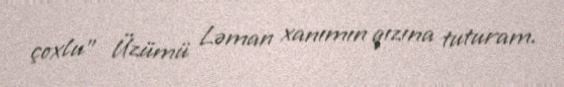
çoxlu” Üzümü Ləman xanımın qızına tuturam.